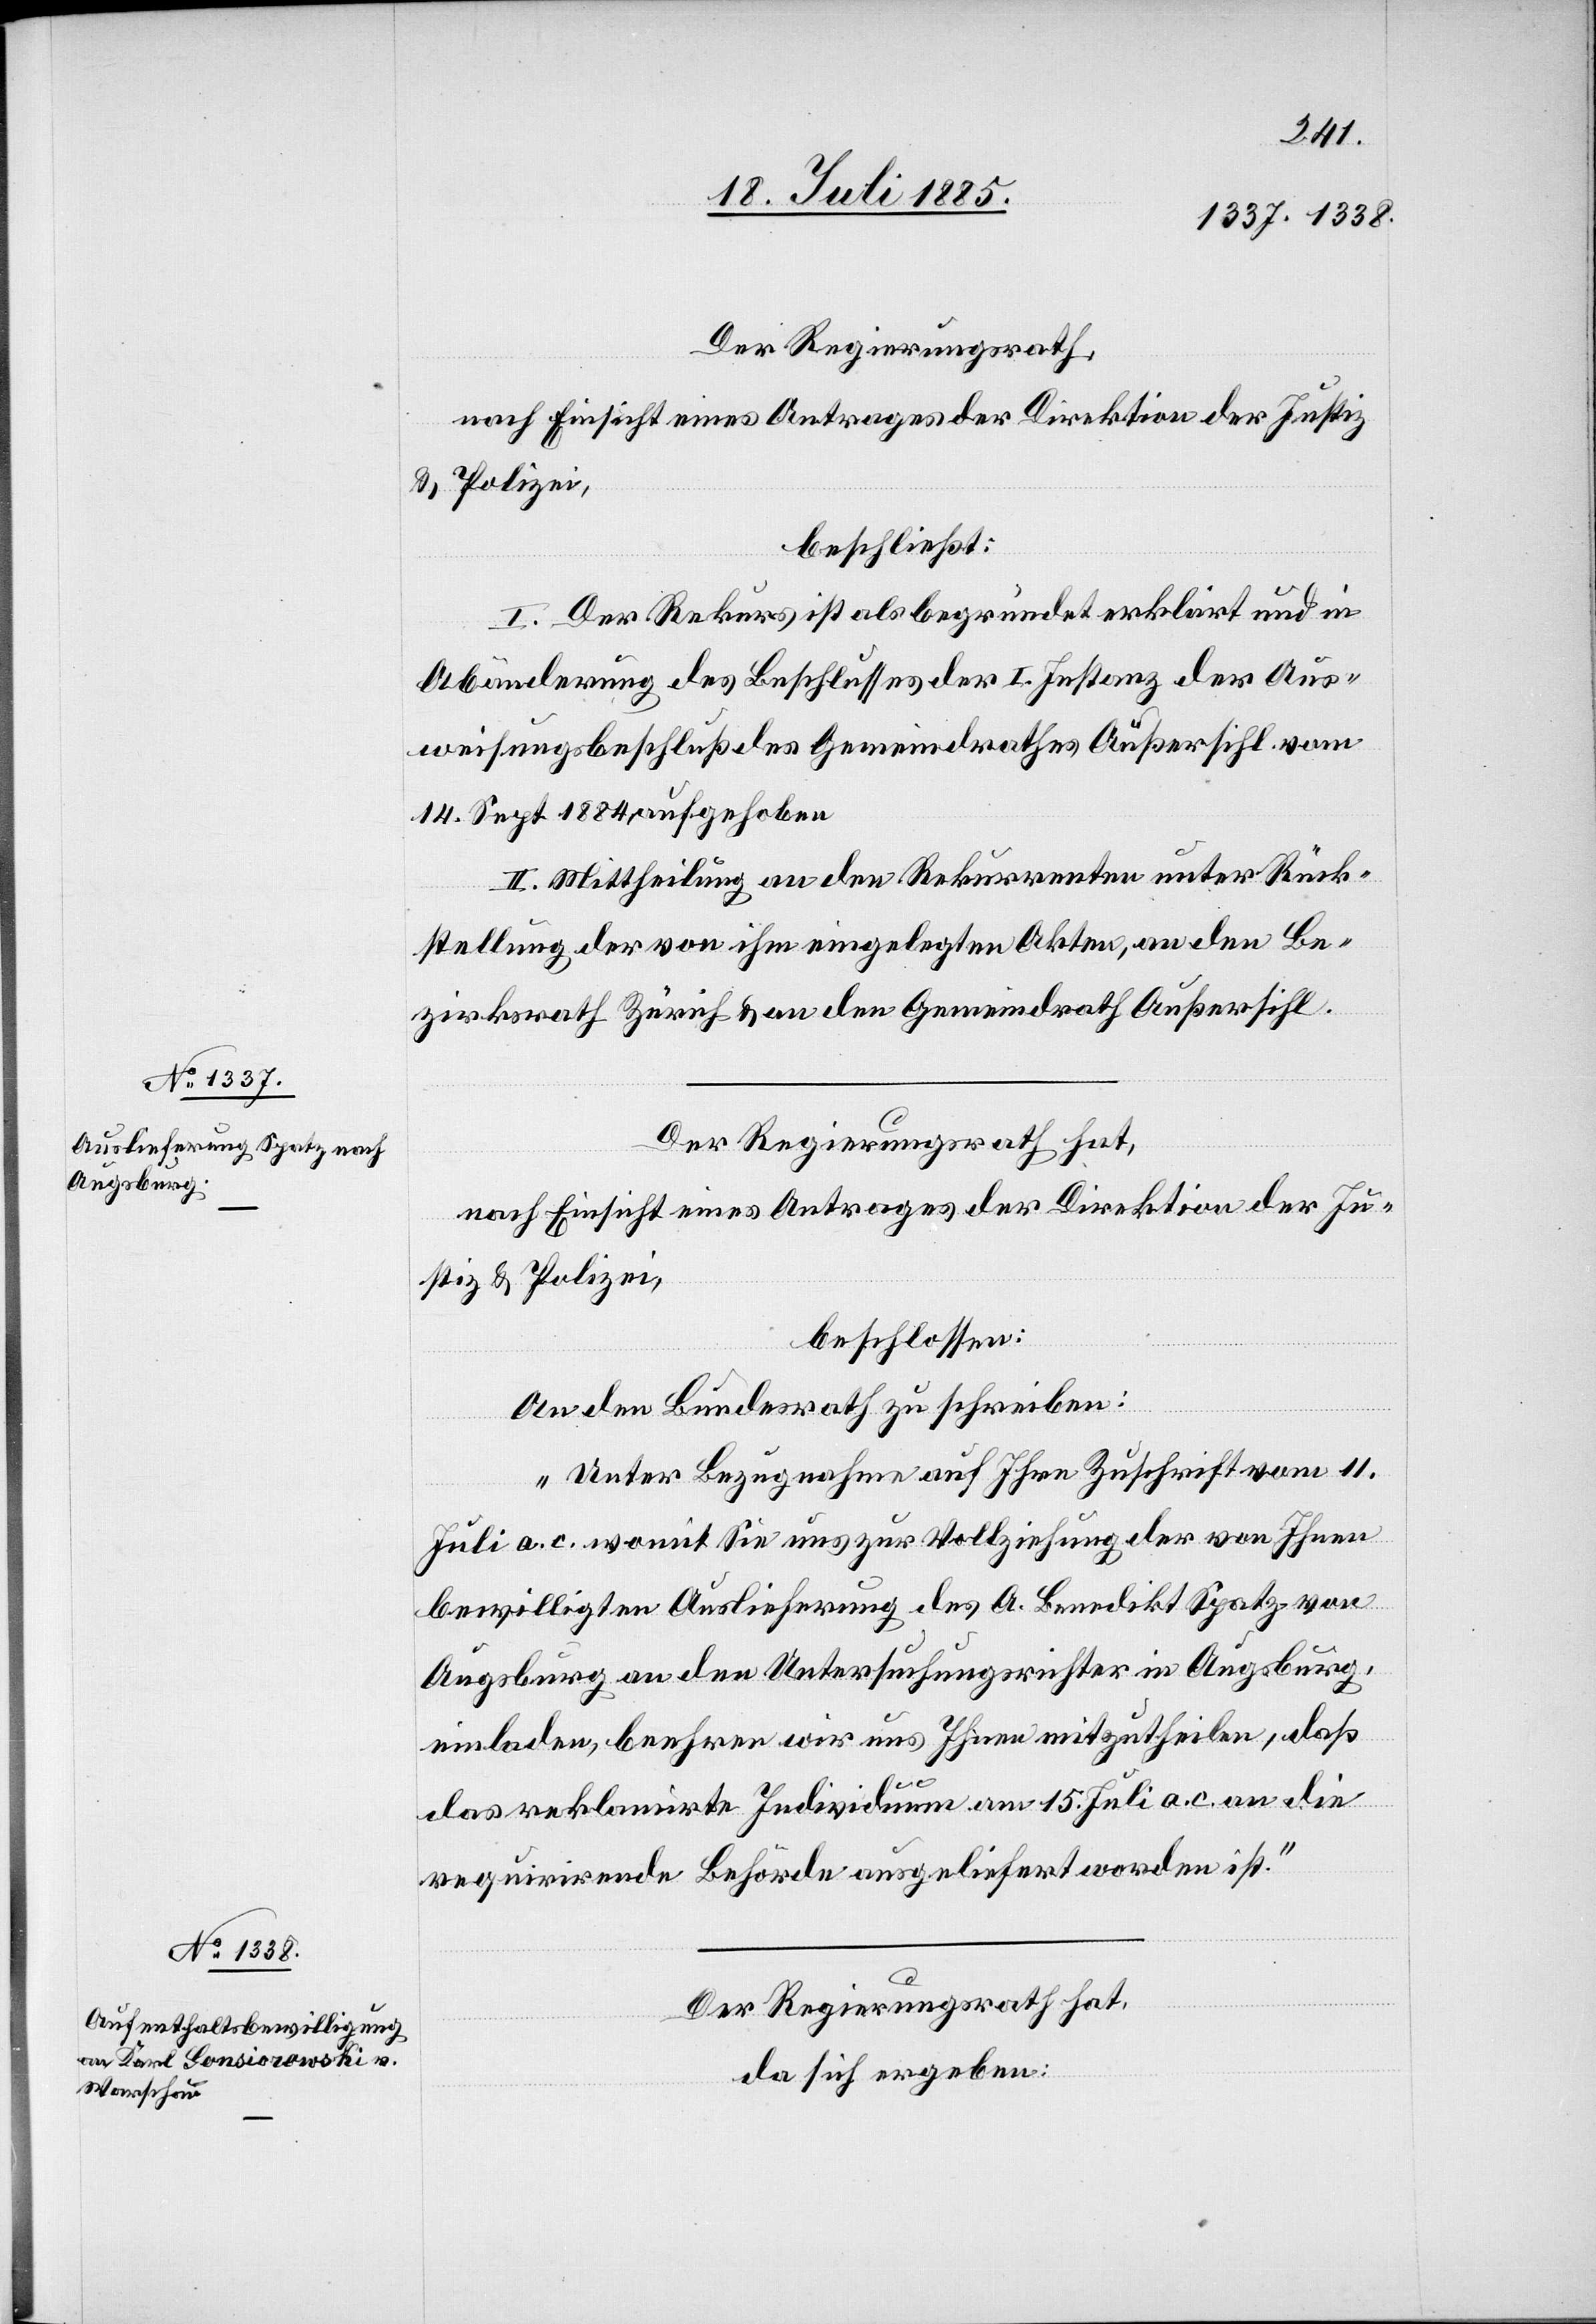
Der Regierungsrath,
nach Einsicht eines Antrages der Direktion der Justiz
& Polizei,
beschließt:
I. Der Rekurs ist als begründet erklärt und in
Abänderung des Beschlusses der I. Instanz der Aus¬
weisungsbeschluß des Gemeindrathes Außersihl vom
14. Sept. 1884 aufgehoben.
II. Mittheilung an den Rekurrenten unter Rück¬
stellung der von ihm eingelegten Akten, an den Be¬
zirksrath Zürich & an den Gemeindrath Außersihl.
Der Regierungsrath hat,
nach Einsicht eines Antrages der Direktion der Ju¬
stiz & Polizei,
beschlossen:
An den Bundesrath zu schreiben:
„Unter Bezugnahme auf Ihre Zuschrift vom 11.
Juli a. c. womit Sie uns zur Vollziehung der von Ihnen
bewilligten Auslieferung des A. Benedikt Spatz von
Augsburg an den Untersuchungsrichter in Augsburg
einladen, beehren wir uns Ihnen mitzutheilen, daß
das reklamirte Individuum am 15. Juli a. c. an die
requirirende Behörde ausgeliefert worden ist.“
Der Regierungsrath hat,
da sich erbeben: